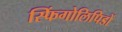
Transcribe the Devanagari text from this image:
स्फिंगोलिपिडों